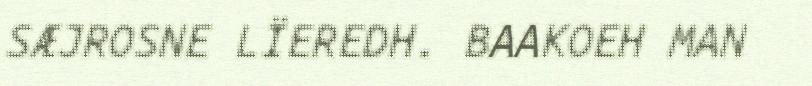
SÆJROSNE LÏEREDH. BAAKOEH MAN